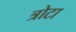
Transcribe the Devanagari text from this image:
त्रोटा